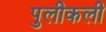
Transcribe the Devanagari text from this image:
पुलीकली